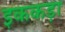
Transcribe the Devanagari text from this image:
इककड़ा